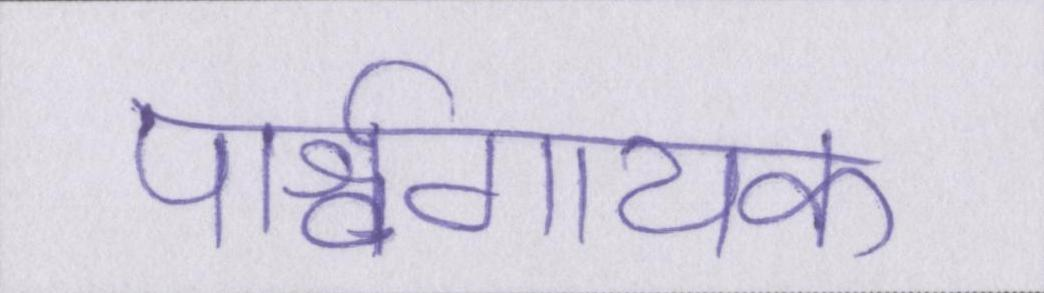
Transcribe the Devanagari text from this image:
पार्श्वगायक